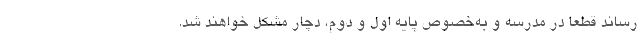
رساند قطعاً در مدرسه و به‌خصوص پایه اول و دوم، دچار مشکل خواهند شد.